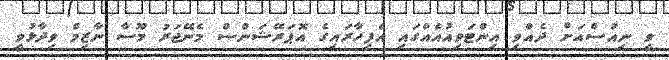
ވީ ނިއުސްއަށް ދެއްވި އިންޓަވިއުއެއްގައި އެފިހާރައިގެ އޮޕަރޭޝަންސް މެނޭޖަރު މޫސާ ނާޒިމް ވިދާޅުވީ